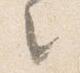
々